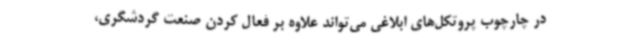
در چارچوب پروتکل‌های ابلاغی می‌تواند علاوه بر فعال کردن صنعت گردشگری،